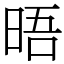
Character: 晤